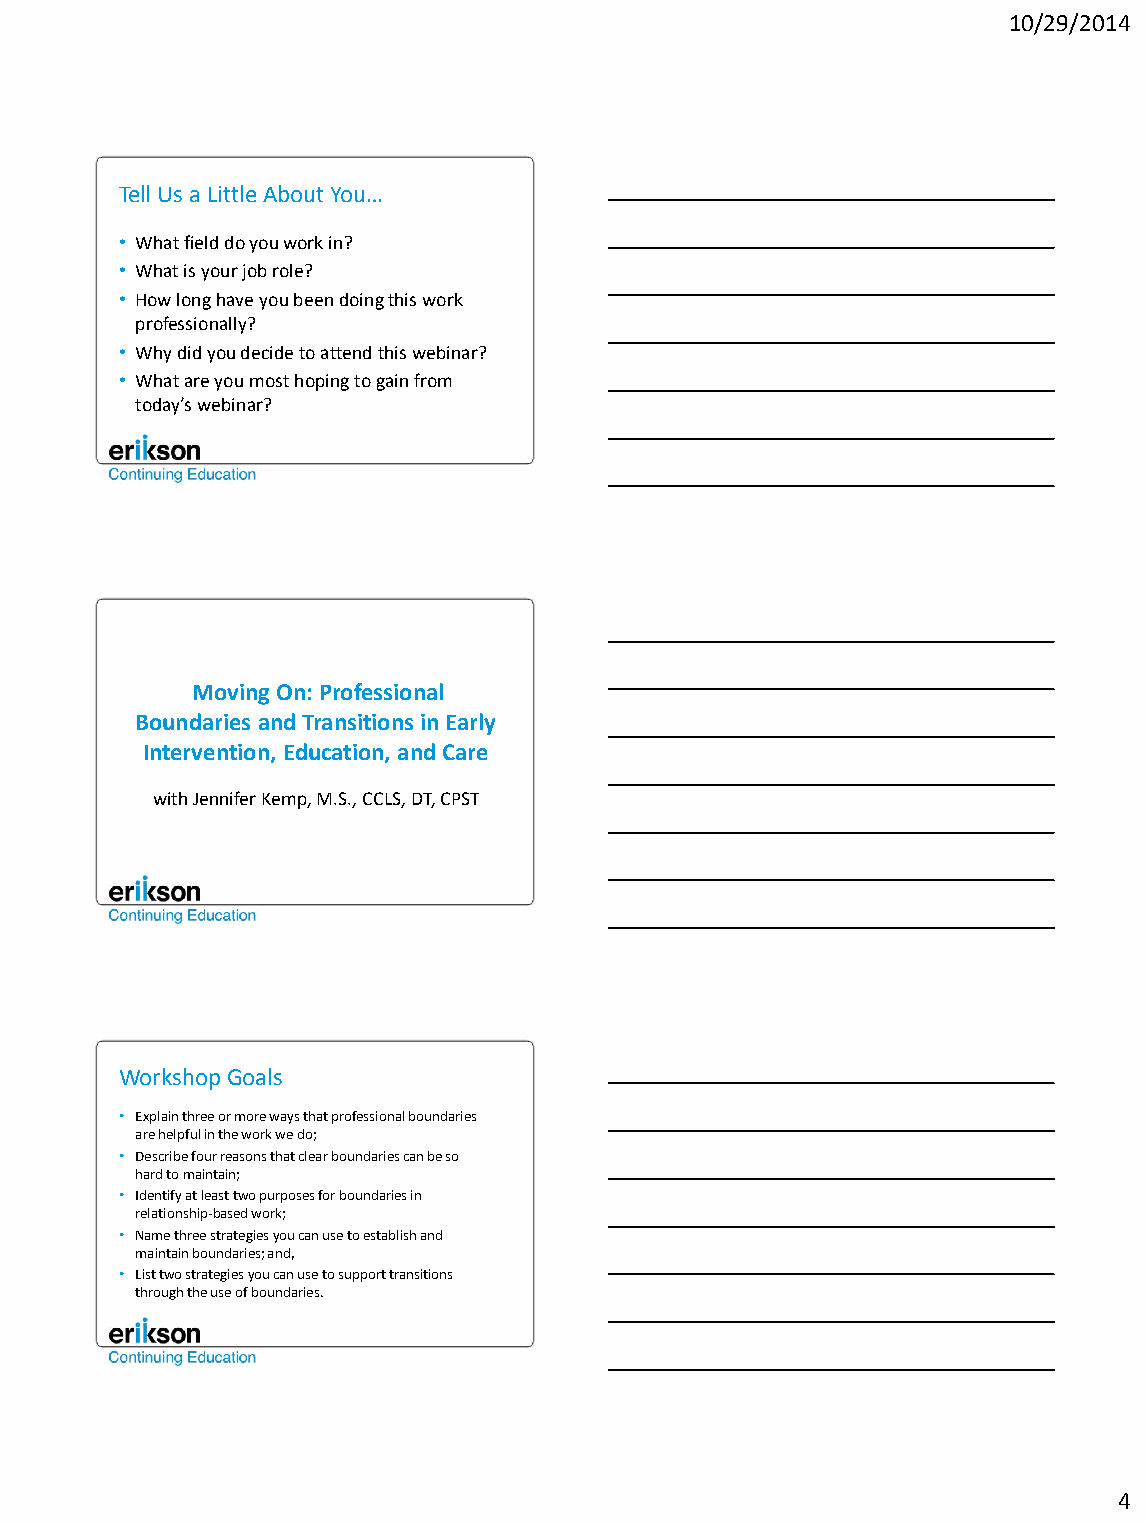
10/29/2014
 Tell Us a Little About You…
 • What field do you work in?
 • What is your job role?
 • How long have you been doing this work
 professionally?
 • Why did you decide to attend this webinar?
 • What are you most hoping to gain from
 today’s webinar?
 Moving On: Professional
 Boundaries and Transitions in Early
 Intervention, Education, and Care
 with Jennifer Kemp, M.S., CCLS, DT, CPST
 Workshop Goals
 • Explain three or more ways that professional boundaries
 are helpful in the work we do;
 • Describe four reasons that clear boundaries can be so
 hard to maintain;
 • Identify at least two purposes for boundaries in
 relationship-based work;
 • Name three strategies you can use to establish and
 maintain boundaries; and,
 • List two strategies you can use to support transitions
 through the use of boundaries.
 4